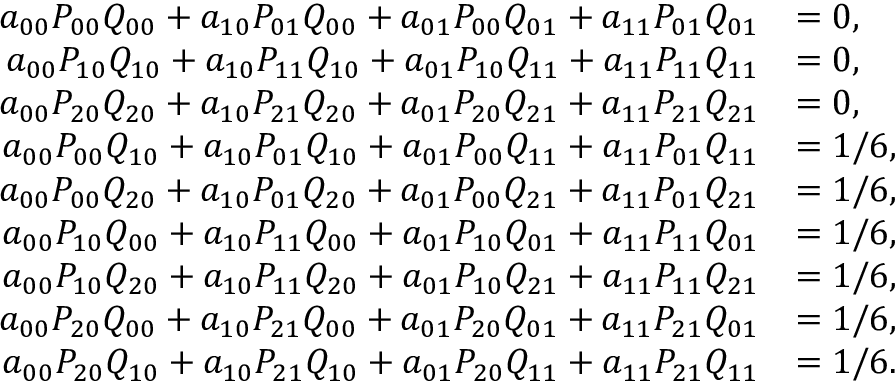
\begin{array} { r l } { a _ { 0 0 } P _ { 0 0 } Q _ { 0 0 } + a _ { 1 0 } P _ { 0 1 } Q _ { 0 0 } + a _ { 0 1 } P _ { 0 0 } Q _ { 0 1 } + a _ { 1 1 } P _ { 0 1 } Q _ { 0 1 } } & { = 0 , } \\ { a _ { 0 0 } P _ { 1 0 } Q _ { 1 0 } + a _ { 1 0 } P _ { 1 1 } Q _ { 1 0 } + a _ { 0 1 } P _ { 1 0 } Q _ { 1 1 } + a _ { 1 1 } P _ { 1 1 } Q _ { 1 1 } } & { = 0 , } \\ { a _ { 0 0 } P _ { 2 0 } Q _ { 2 0 } + a _ { 1 0 } P _ { 2 1 } Q _ { 2 0 } + a _ { 0 1 } P _ { 2 0 } Q _ { 2 1 } + a _ { 1 1 } P _ { 2 1 } Q _ { 2 1 } } & { = 0 , } \\ { a _ { 0 0 } P _ { 0 0 } Q _ { 1 0 } + a _ { 1 0 } P _ { 0 1 } Q _ { 1 0 } + a _ { 0 1 } P _ { 0 0 } Q _ { 1 1 } + a _ { 1 1 } P _ { 0 1 } Q _ { 1 1 } } & { = 1 / 6 , } \\ { a _ { 0 0 } P _ { 0 0 } Q _ { 2 0 } + a _ { 1 0 } P _ { 0 1 } Q _ { 2 0 } + a _ { 0 1 } P _ { 0 0 } Q _ { 2 1 } + a _ { 1 1 } P _ { 0 1 } Q _ { 2 1 } } & { = 1 / 6 , } \\ { a _ { 0 0 } P _ { 1 0 } Q _ { 0 0 } + a _ { 1 0 } P _ { 1 1 } Q _ { 0 0 } + a _ { 0 1 } P _ { 1 0 } Q _ { 0 1 } + a _ { 1 1 } P _ { 1 1 } Q _ { 0 1 } } & { = 1 / 6 , } \\ { a _ { 0 0 } P _ { 1 0 } Q _ { 2 0 } + a _ { 1 0 } P _ { 1 1 } Q _ { 2 0 } + a _ { 0 1 } P _ { 1 0 } Q _ { 2 1 } + a _ { 1 1 } P _ { 1 1 } Q _ { 2 1 } } & { = 1 / 6 , } \\ { a _ { 0 0 } P _ { 2 0 } Q _ { 0 0 } + a _ { 1 0 } P _ { 2 1 } Q _ { 0 0 } + a _ { 0 1 } P _ { 2 0 } Q _ { 0 1 } + a _ { 1 1 } P _ { 2 1 } Q _ { 0 1 } } & { = 1 / 6 , } \\ { a _ { 0 0 } P _ { 2 0 } Q _ { 1 0 } + a _ { 1 0 } P _ { 2 1 } Q _ { 1 0 } + a _ { 0 1 } P _ { 2 0 } Q _ { 1 1 } + a _ { 1 1 } P _ { 2 1 } Q _ { 1 1 } } & { = 1 / 6 . } \end{array}